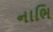
નાભિ